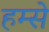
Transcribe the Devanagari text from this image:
हम्से